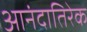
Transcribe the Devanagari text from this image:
आनंदातिरेक